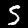
Label: 5